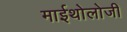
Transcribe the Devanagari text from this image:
माईथोलोजी